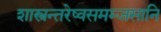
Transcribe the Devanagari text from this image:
शास्त्रन्तरेष्वसमम्जसानि